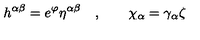
h ^ { \alpha \beta } = e ^ { \varphi } \eta ^ { \alpha \beta } \quad , \qquad \chi _ { \alpha } = \gamma _ { \alpha } \zeta